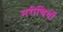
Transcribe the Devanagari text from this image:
मरीचियों